King Institute of Preventive Medicine Bacteriolog. Section reports 1907-08
Year: 1907
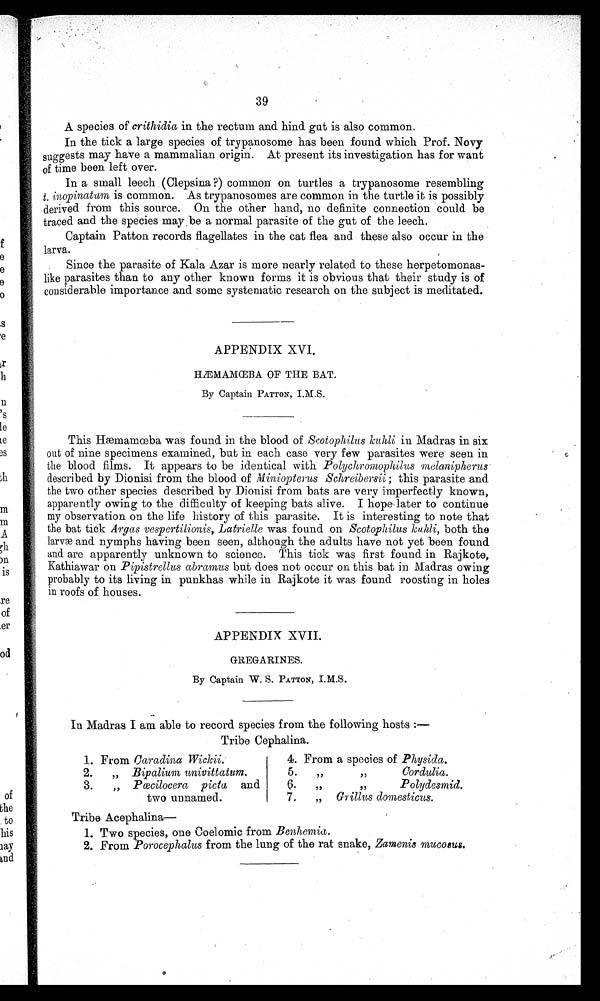
39
A species of crithidia in the rectum and hind gut is also common.
In the tick a large species of trypanosome has been found which Prof. Novy
suggests may have a mammalian origin. At present its investigation has for want
of time been left over.
In a small leech . (Clepsina ?) common on turtles a trypanosome resembling
t. inopinatum is common. As trypanosomes are common in the turtle it is possibly
derived from this source. On the other hand, no definite connection could be
traced and the species may be a normal parasite of the gut of the leech.
Captain Patton records flagellates in the cat flea and these also occur in the
larva.
Since the parasite of Kala Azar is more nearly related to these
h e r p e t o m o n a s - l i k e p a r a s i t e s t h a n t o a n y o t h e r k n o w n f o r m s i t i s o b v i o u s t h a t t h e i r s t u d y i s o f
considerable importance and some systematic research on the subject is meditated.
APPENDIX XVI.
HÆMAMŒBA OF THE BAT.
By Captain PATTON, I.M.S .
This Hæmamœba was found in the blood of Scotophilus kuhli in Madras in six
out of nine specimens examined, but in each case very few parasites were seen in
the blood films. It appears to be identical with Polychromophilus melanipherus.
described by Dionisi from the blood of Miniopterus Schreibersii; this parasite and
the two other species described by Dionisi from bats are very imperfectly known,
apparently owing to the difficulty of keeping bats alive. I hope later to continue
my observation on the life history of this parasite. It is interesting to note that
the bat tick Argas vespertilionis, Latrielle was found on Scotophilus kuhli, both the
larvæ and nymphs having been seen, although the adults have not yet been found
and are apparently unknown to science. This tick was first found in Rajkote,
Kathiawar on Pipistrellus abramus but does not occur on this bat in Madras owing
probably to its living in punkhas while in Rajkote it was found roosting in holes
in roofs of houses.
APPENDIX XVII.
GREGARINES.
By Captain W. S. PATTON, I.M .S
In Madras I am able to record species from the following hosts
:—
Tribe Cephalina.
1. From Caradina Wickii.
4. Fr om a species of Physida.
2.
Bipalium univittatum.
5.
Cordulia.
3.
Pœcilocera picta and
6 .
Polydesmid.
two unnamed.
7.
Grillus domesticus.
Tribe Acephalina
—
1. Two species, one Coelomic from Benhemia.
2. From Porocephalus from the lung of the rat snake, Zamenis mucosus.